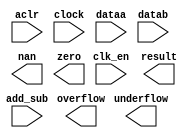
// megafunction wizard: %ALTFP_ADD_SUB%VBB%
// GENERATION: STANDARD
// VERSION: WM1.0
// MODULE: altfp_add_sub 

// ============================================================
// Megafunction Name(s):
// 			altfp_add_sub
//
// Simulation Library Files(s):
// 			lpm
// ============================================================
// ************************************************************
// THIS IS A WIZARD-GENERATED FILE. DO NOT EDIT THIS FILE!
//
// 11.1 Build 173 11/01/2011 SJ Full Version
// ************************************************************

//Copyright (C) 1991-2011 Altera Corporation
//Your use of Altera Corporation's design tools, logic functions 
//and other software and tools, and its AMPP partner logic 
//functions, and any output files from any of the foregoing 
//(including device programming or simulation files), and any 
//associated documentation or information are expressly subject 
//to the terms and conditions of the Altera Program License 
//Subscription Agreement, Altera MegaCore Function License 
//Agreement, or other applicable license agreement, including, 
//without limitation, that your use is for the sole purpose of 
//programming logic devices manufactured by Altera and sold by 
//Altera or its authorized distributors.  Please refer to the 
//applicable agreement for further details.

module altfp_add_sub_mf (
	aclr,
	add_sub,
	clk_en,
	clock,
	dataa,
	datab,
	nan,
	overflow,
	result,
	underflow,
	zero)/* synthesis synthesis_clearbox = 1 */;

	input	  aclr;
	input	  add_sub;
	input	  clk_en;
	input	  clock;
	input	[31:0]  dataa;
	input	[31:0]  datab;
	output	  nan;
	output	  overflow;
	output	[31:0]  result;
	output	  underflow;
	output	  zero;

endmodule

// ============================================================
// CNX file retrieval info
// ============================================================
// Retrieval info: PRIVATE: FPM_FORMAT NUMERIC "0"
// Retrieval info: PRIVATE: INTENDED_DEVICE_FAMILY STRING "Stratix IV"
// Retrieval info: PRIVATE: SYNTH_WRAPPER_GEN_POSTFIX STRING "0"
// Retrieval info: PRIVATE: WIDTH_DATA NUMERIC "32"
// Retrieval info: LIBRARY: altera_mf altera_mf.altera_mf_components.all
// Retrieval info: CONSTANT: DENORMAL_SUPPORT STRING "NO"
// Retrieval info: CONSTANT: DIRECTION STRING "VARIABLE"
// Retrieval info: CONSTANT: INTENDED_DEVICE_FAMILY STRING "Stratix IV"
// Retrieval info: CONSTANT: OPTIMIZE STRING "SPEED"
// Retrieval info: CONSTANT: PIPELINE NUMERIC "14"
// Retrieval info: CONSTANT: REDUCED_FUNCTIONALITY STRING "NO"
// Retrieval info: CONSTANT: WIDTH_EXP NUMERIC "8"
// Retrieval info: CONSTANT: WIDTH_MAN NUMERIC "23"
// Retrieval info: USED_PORT: aclr 0 0 0 0 INPUT NODEFVAL "aclr"
// Retrieval info: USED_PORT: add_sub 0 0 0 0 INPUT NODEFVAL "add_sub"
// Retrieval info: USED_PORT: clk_en 0 0 0 0 INPUT NODEFVAL "clk_en"
// Retrieval info: USED_PORT: clock 0 0 0 0 INPUT NODEFVAL "clock"
// Retrieval info: USED_PORT: dataa 0 0 32 0 INPUT NODEFVAL "dataa[31..0]"
// Retrieval info: USED_PORT: datab 0 0 32 0 INPUT NODEFVAL "datab[31..0]"
// Retrieval info: USED_PORT: nan 0 0 0 0 OUTPUT NODEFVAL "nan"
// Retrieval info: USED_PORT: overflow 0 0 0 0 OUTPUT NODEFVAL "overflow"
// Retrieval info: USED_PORT: result 0 0 32 0 OUTPUT NODEFVAL "result[31..0]"
// Retrieval info: USED_PORT: underflow 0 0 0 0 OUTPUT NODEFVAL "underflow"
// Retrieval info: USED_PORT: zero 0 0 0 0 OUTPUT NODEFVAL "zero"
// Retrieval info: CONNECT: @aclr 0 0 0 0 aclr 0 0 0 0
// Retrieval info: CONNECT: @add_sub 0 0 0 0 add_sub 0 0 0 0
// Retrieval info: CONNECT: @clk_en 0 0 0 0 clk_en 0 0 0 0
// Retrieval info: CONNECT: @clock 0 0 0 0 clock 0 0 0 0
// Retrieval info: CONNECT: @dataa 0 0 32 0 dataa 0 0 32 0
// Retrieval info: CONNECT: @datab 0 0 32 0 datab 0 0 32 0
// Retrieval info: CONNECT: nan 0 0 0 0 @nan 0 0 0 0
// Retrieval info: CONNECT: overflow 0 0 0 0 @overflow 0 0 0 0
// Retrieval info: CONNECT: result 0 0 32 0 @result 0 0 32 0
// Retrieval info: CONNECT: underflow 0 0 0 0 @underflow 0 0 0 0
// Retrieval info: CONNECT: zero 0 0 0 0 @zero 0 0 0 0
// Retrieval info: GEN_FILE: TYPE_NORMAL altfp_add_sub_mf.v TRUE
// Retrieval info: GEN_FILE: TYPE_NORMAL altfp_add_sub_mf.inc TRUE
// Retrieval info: GEN_FILE: TYPE_NORMAL altfp_add_sub_mf.cmp TRUE
// Retrieval info: GEN_FILE: TYPE_NORMAL altfp_add_sub_mf.bsf TRUE
// Retrieval info: GEN_FILE: TYPE_NORMAL altfp_add_sub_mf_inst.v TRUE
// Retrieval info: GEN_FILE: TYPE_NORMAL altfp_add_sub_mf_bb.v TRUE
// Retrieval info: LIB_FILE: lpm